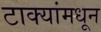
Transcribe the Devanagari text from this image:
टाक्यांमधून